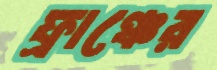
ফ্রাঞ্চের